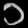
Digit: ၁